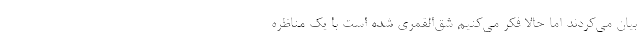
بیان می‌کردند اما حالا فکر می‌کنیم شق‌القمری شده است با یک مناظره